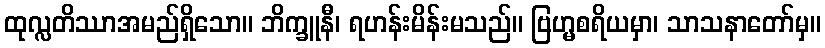
ထုလ္လတိဿာအမည်ရှိသော။ ဘိက္ခူနီ၊ ရဟန်းမိန်းမသည်။ ဗြဟ္မစရိယမှာ၊ သာသနာတော်မှ။